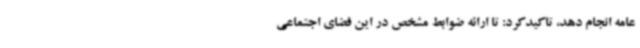
عامه انجام دهد، تاکیدکرد: تا ارائه ضوابط مشخص در این فضای اجتماعی